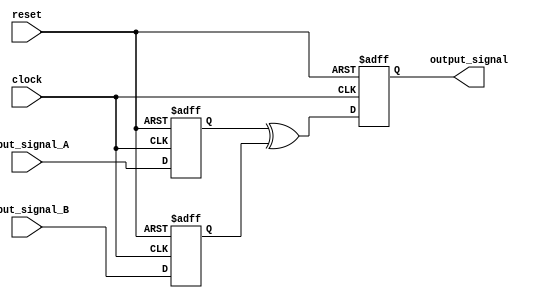
module Timing_Control_Synchronization_XOR_Gate_Delay (
    input wire input_signal_A,
    input wire input_signal_B,
    output reg output_signal,
    input wire clock,
    input wire reset
);

reg internal_signal_A;
reg internal_signal_B;

always @(posedge clock or posedge reset) begin
    if (reset) begin
        internal_signal_A <= 1'b0;
        internal_signal_B <= 1'b0;
        output_signal <= 1'b0;
    end else begin
        internal_signal_A <= input_signal_A;
        internal_signal_B <= input_signal_B;
        output_signal <= internal_signal_A ^ internal_signal_B;
    end
end

endmodule